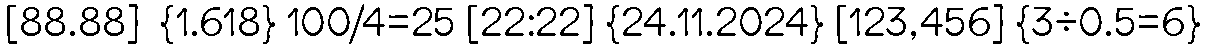
[88.88]  {1.618} 100/4=25 [22:22] {24.11.2024} [123,456] {3÷0.5=6}